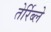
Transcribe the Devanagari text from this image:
तेर्रिब्ले